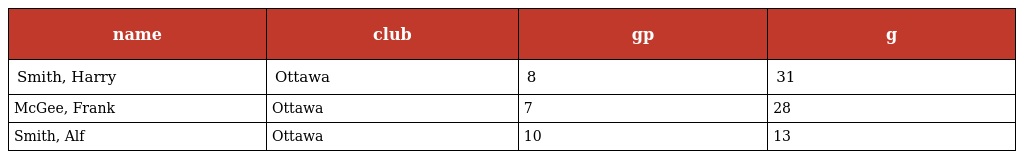
| name | club | gp | g |
 | --- | --- | --- | --- |
 | Smith, Harry | Ottawa | 8 | 31 |
 | McGee, Frank | Ottawa | 7 | 28 |
 | Smith, Alf | Ottawa | 10 | 13 |